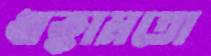
ধাক্কামতো